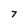
Character: 7